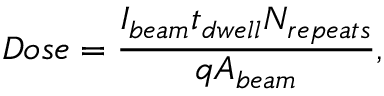
\large D o s e = \frac { I _ { b e a m } t _ { d w e l l } N _ { r e p e a t s } } { q A _ { b e a m } } ,